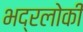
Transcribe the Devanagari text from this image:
भद्रलोकी